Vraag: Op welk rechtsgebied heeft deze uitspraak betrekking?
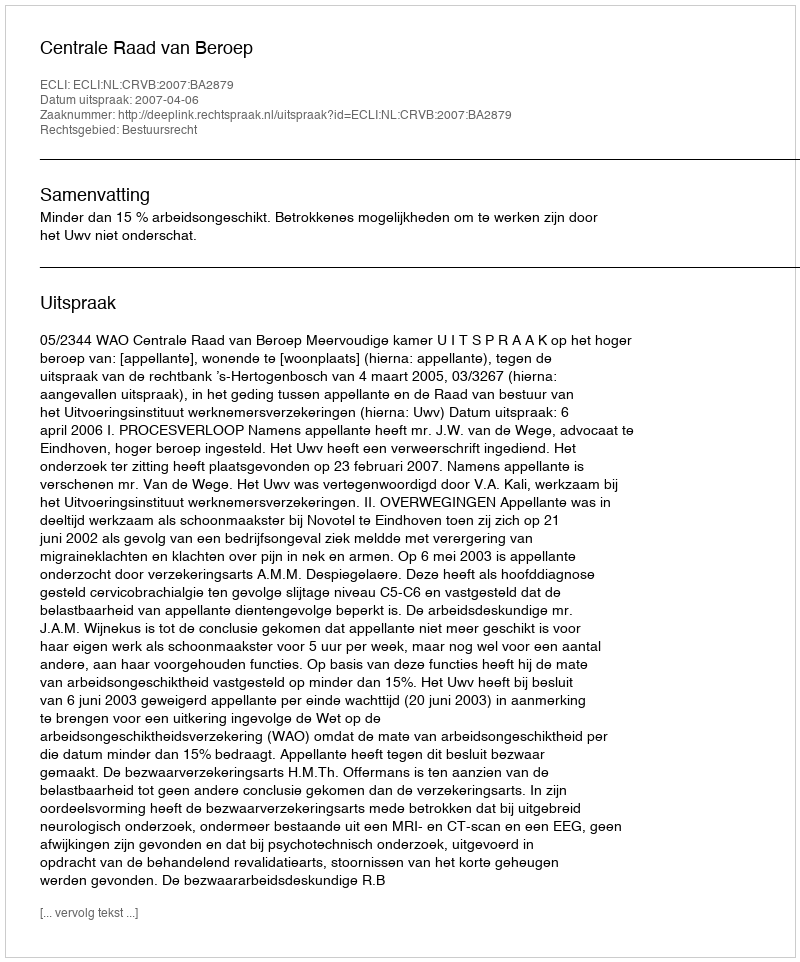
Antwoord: Bestuursrecht